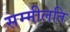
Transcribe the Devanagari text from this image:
सम्मीलति